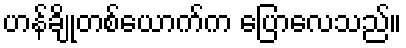
ဟန်ချိုတစ်ယောက်က ပြောလေသည်။